King Institute of Preventive Medicine Micro-Biological Section reports 1909-11
Year: 1909
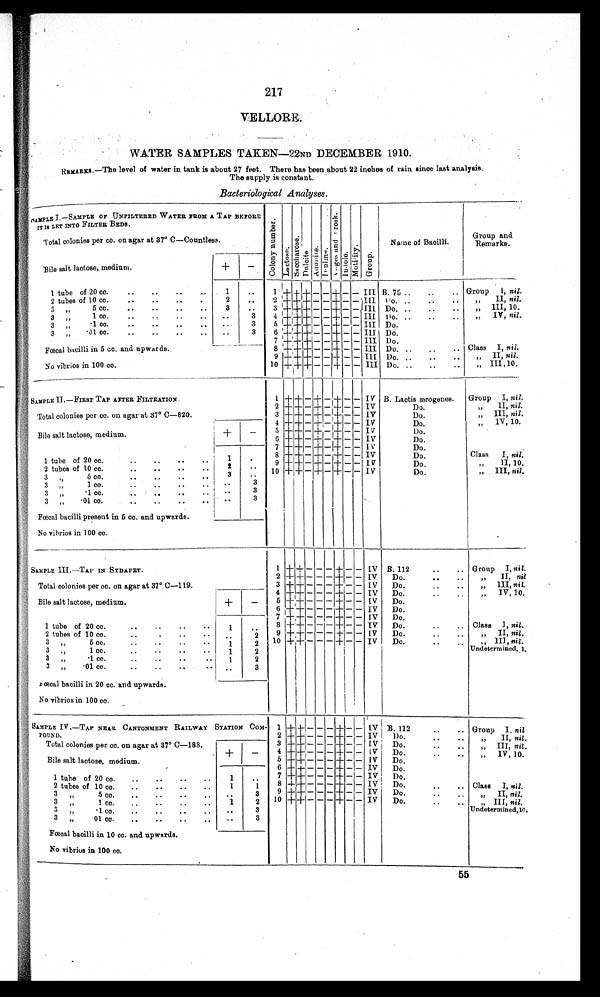
217
VELLORE .
WATER SAMPLES TAKEN—22ND DECEMBER 1910.
REMARKS.—The level of water in tank is about 27 feet. There has been about 22 inches of rain since last analysis.
The supply is constant.
Bacteriological Analyses.
SAMPLE I.—SAMPLE OF UNFILTERED WATER. BROM A TAP BEFORE
IT IS LET INTO FILTER BEDS.
Total colonies per co. on agar at 37° C—Countless.
C o l o n y N u m b e r .
L a c t o n e
S h c c h a r o s e .
D u l o i t e .
A d o n i l e
D o u l i n e
V o g e s a n d P r o s k .
Indole.
M o t i l i t y .
G r o u p .
Name of Bacilli.
Group and
Remarks.
Bile salt lactose, medium.
+
-
1 tube of 20 cc.
..
..
..
..
1
..
1 + +
+ - - + - - III B. 75 ..
.
.. Group
I, nil,
2 tubes of 10 cc.
..
..
..
.
2
..
2 + + + - - + - - III Do...
..
..
„
II, nil.
3 + + + - - + - - III
Do. ..
..
..
,, III, 10
3 17
5 cc.
..
..
..
..
3
..
4
+ + + - - + - - III Do. ..
..
..
„
IV , nil.
3 ,,
3
5
+ + + - - + - - III Do.
3 „
.1 cc.
..
..
..
..
. .
3
6 + + + - - + - - III Do.
3
„
.01 oc.
..
..
..
..
3
7 + + + - - + - - III Do.
F œc a l b a c i l l i i n 5 c c . a n d u p wa r d s .
No vibrios in 100 CC .
8 + + +
- - + - - III Do. ..
..
.. Class I, nil.
9 + + + - - + - - III Do. ..
..
..
„ II, nil.
10 + + + - - + - - III Do. ..
..
..
„ III ,10.
SAMPLE II.—FIRST TAP AFTER FILTRATION
Total colonies per cc. on agar at 37° C—820.
1 + + - + - + - -
V B. Lactic ærogenes.
Group
I, nil.
2 + + - + - + - - I
II, nil.
3 + + - + - + - - IV
Do.
„ III, nil .
4 + + - + - + - - IV
Do.
77
IV, 10 .
Bile salt lactose, medium,
+
—
5 + + - + - + - - IV
Do.
6 + + - + - + - - IV
Do.
7 + + - + - + - - IV
Do.
.
1 tube of 20 cc.
..
..
..
..
1
8 + + -
+
- + - - IV
Do.
Class
I, nil.
9 + + - + _ + - - IV
Do.
„
II, 10.
2 tubes of 10 cc.
..
..
..
..
2
..
10 + + - + - + - - IV
Do.
17
III, nil.
.
3
,,
5 cc.
..
..
..
..
3
1 cc.
..
..
. .
. .
. .
3
3
.1 cc.
....
..
..
..
3
3 „
.01 co.
.
..
..
..
Fœcal bacilli present in 5 cc. and upwards.
. .
No vibrios in 100 cc.
SAMPLE III.—TAP IN SYDAPET.
Total colonies per cc. on agar at 37° C—119.
1 + + - - - + - -
IV B. 112
..
.. Group I, nil.
2 + + - - - + - - IV
Do.
II, nil
3 + +
- - - + - - IV
Do. ..
71
III
, nil.
4 + + - - - + - - IV
Do.
71
IV, 10.
Bile salt lactose, medium.
+
—
5 ++ - - - + - - IV
Do.
6 + + - - - + - -
IV
Do.
7
+ +
- - - + - -
IV
Do.
1 tube of 20 cc.
8 + + - - - +
- - IV
Do. ..
.. Class I, nil.
9
+
+
- - -
+
- -
IV
Do.
II, nil.
2 tubes of 10 cc
2
10
+
+ - - - + - - IV
Do.
1II ni/
Undetermined, 1.
3
5 cc.
2
3 ,,
1 cc...
. .
2
3
7,
.1 cc.
..
. .
1
2
3 „
.01 cc.
..
..
..
..
3
Fœcal bacilli in 20 cc. and upwards.
No vibrios in 100 cc.
.
SAMPLE IV .—TAP NEAR CANTONMENT RAILWAY STATION COM-
POUND.
1 +
+ - - - + - - IV B. 112
..
.. Group I, nil
2 + + - - - + - - IV
Do.
..
..
II, nil.
„
3 + + - - - + - -
IV
Do.
"
. .
III, nil.
11
Total colonies per cc. on agar at 37° C—188.
Bile salt lactose, medium.
+
—
4 + + - - - + - -
[V
Do.
IV, 10.
5 + +
- - - + - -
IV
Do.
6 + ++- - - + - -
IV
Do.
1 tube of 20 cc.
..
..
..
..
1
..
7 + +
- - - +
- - IV I Do.
8 + + - - - + - - IV
Do.
..
.. Class
I, nil.
2 tubes of 10 co.
..
..
..
..
1
1
9 + + - - - + - - IV
Do.
..
II, nil.
3,,
..
3
10
+
+
- -
-
+
-
- IV
Do.
..
..
„ III , nil.
Undetermined 10.
„
1 cc.
. . .
. .
. .
1
2
3
„
3
3
,,
01 cc.
..
..
..
..
..
3
Fœcal bacilli in 10 cc. and upwards.
No vibrius in 100 cc.
55